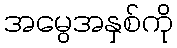
အမွေအနှစ်ကို